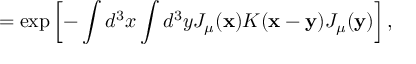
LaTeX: = \exp \left[ - \int d ^ { 3 } x \int d ^ { 3 } y J _ { \mu } ( { \bf x } ) { \cal K } ( { \bf x } - { \bf y } ) J _ { \mu } ( { \bf y } ) \right] ,